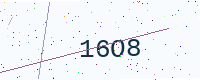
Text: 16O8